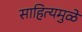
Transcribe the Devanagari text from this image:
साहित्यमुळे